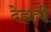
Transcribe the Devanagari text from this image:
देह्यत्री